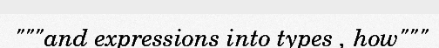
"""and expressions into types , how"""